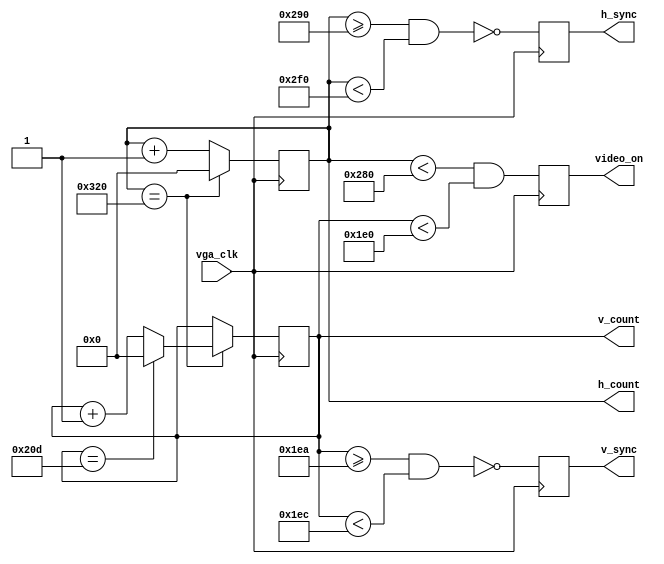
module vga_sync(vga_clk,h_count,v_count,video_on,h_sync,v_sync);
  input vga_clk;
  output [9:0] h_count;
  output [9:0] v_count;
  output video_on;
  output h_sync;
  output v_sync;
  reg [9:0] h_count;
  reg [9:0] v_count;
  reg video_on,h_sync,v_sync;
  
  parameter HD = 640; 
  parameter HF = HD+16; //656
  parameter HR = HF+96; //752
  parameter HB = HR+48; //800
  //vertical 
  parameter VD = 480; 
  parameter VF = VD+10; //490
  parameter VR = VF+2; //492
  parameter VB = VR+33; //525 
  
  always@(posedge vga_clk)
    begin
      if(h_count == HB)
        h_count <= 0;
      else
        h_count <= h_count + 2'b01;
    end
  always@(posedge vga_clk)
    begin
      if(h_count == HB)
        begin
          if(v_count == VB)
            v_count <= 0;
          else
            v_count <= v_count + 2'b01;
        end
    end
  always@(posedge vga_clk)
    begin
      video_on <= ((h_count < HD) && (v_count < VD));
    end
  always@(posedge vga_clk)
    begin
      v_sync = ~((v_count >= VF) && (v_count < VR)); 
      h_sync = ~((h_count >= HF) && (h_count < HR));
    end 
endmodule